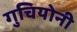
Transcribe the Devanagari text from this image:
गुचियोनी